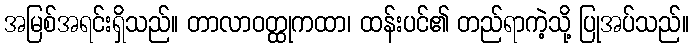
အမြစ်အရင်းရှိသည်။ တာလာဝတ္ထုကထာ၊ ထန်းပင်၏ တည်ရာကဲ့သို့ ပြုအပ်သည်။